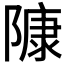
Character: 𨻷